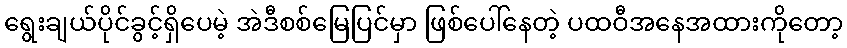
ရွေးချယ်ပိုင်ခွင့်ရှိပေမဲ့ အဲဒီစစ်မြေပြင်မှာ ဖြစ်ပေါ်နေတဲ့ ပထဝီအနေအထားကိုတော့